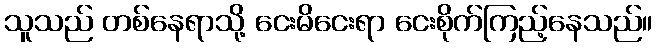
သူသည် တစ်နေရာသို့ ငေးမိငေးရာ ငေးစိုက်ကြည့်နေသည်။